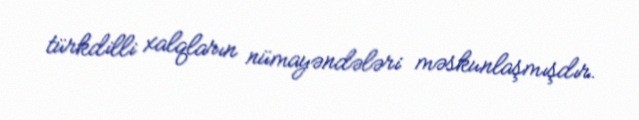
türkdilli xalqların nümayəndələri məskunlaşmışdır.